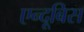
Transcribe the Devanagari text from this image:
एन्दूबिस